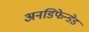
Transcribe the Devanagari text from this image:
अनडिफेन्डेड